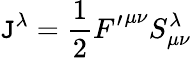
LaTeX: \mathtt{J}^{\lambda}=\frac{{1}}{{2}}{F^{\prime}}^{{\mu}{\nu}}S_{{\mu}{\nu}}^{\lambda}